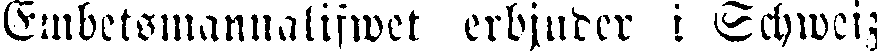
Embetsmannalifwet erbjuder i Schweiz